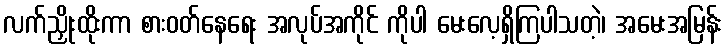
လက်ညှိုးထိုးကာ စားဝတ်နေရေး အလုပ်အကိုင် ကိုပါ မေးလေ့ရှိကြပါသတဲ့၊ အမေးအမြန်း